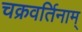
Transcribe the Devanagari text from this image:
चक्रवर्तिनाम्